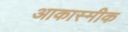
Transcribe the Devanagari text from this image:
आकास्मीक